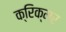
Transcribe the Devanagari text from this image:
क्रिक्मर